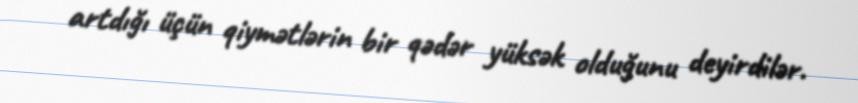
artdığı üçün qiymətlərin bir qədər yüksək olduğunu deyirdilər.